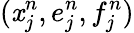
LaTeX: (\mathit{x}_{j}^{n},e_{j}^{n},f_{j}^{n})